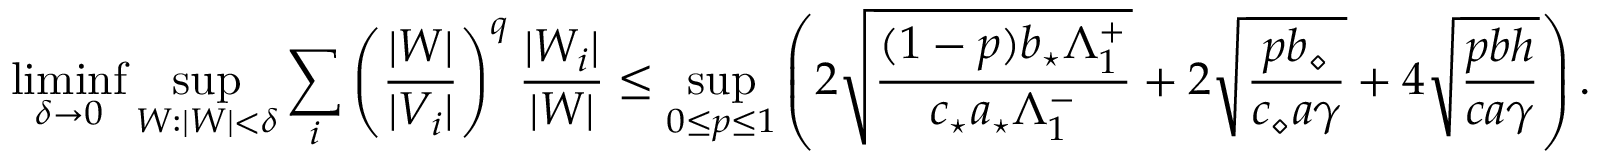
\operatorname* { l i m i n f } _ { \delta \to 0 } \operatorname* { s u p } _ { W : | W | < \delta } \sum _ { i } \left( \frac { | W | } { | V _ { i } | } \right) ^ { q } \frac { | W _ { i } | } { | W | } \leq \operatorname* { s u p } _ { 0 \leq p \leq 1 } \left( 2 \sqrt \frac { ( 1 - p ) b _ { \star } \Lambda _ { 1 } ^ { + } } { c _ { \star } a _ { \star } \Lambda _ { 1 } ^ { - } } + 2 \sqrt { \frac { p b _ { \diamond } } { c _ { \diamond } a \gamma } } + 4 \sqrt { \frac { p b h } { c a \gamma } } \right) .